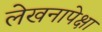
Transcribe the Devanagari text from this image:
लेखनापेक्षा